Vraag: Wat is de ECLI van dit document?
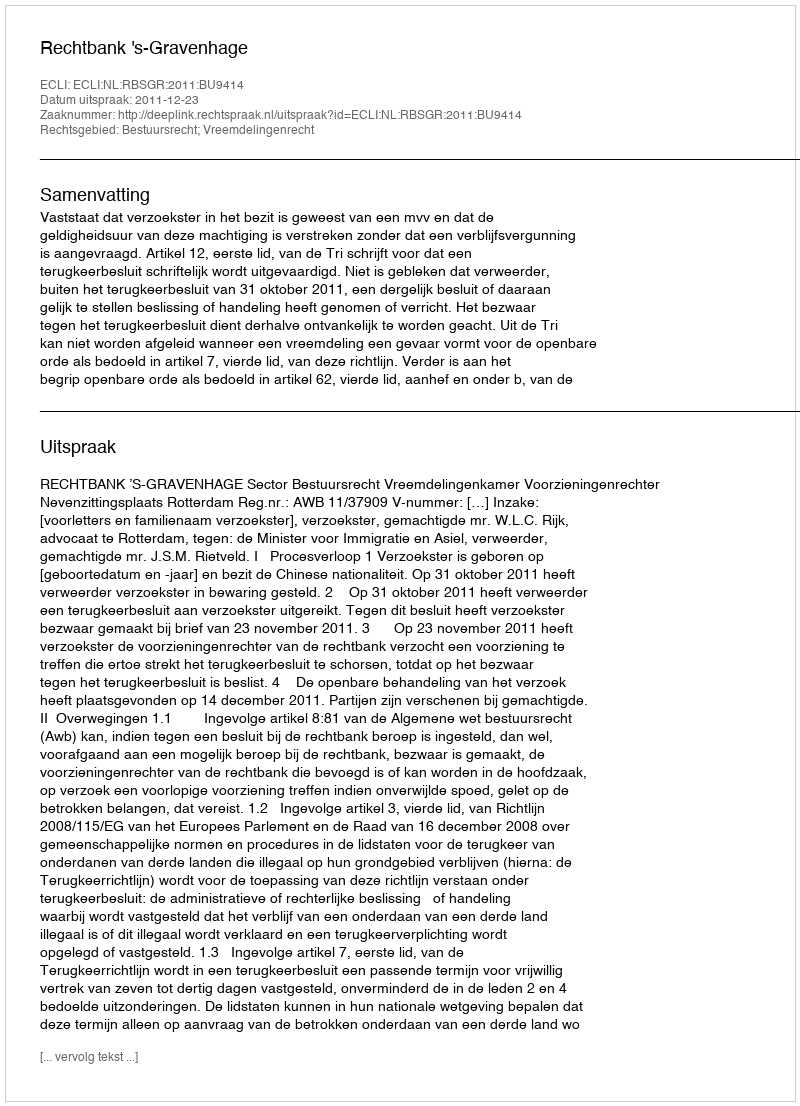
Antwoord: ECLI:NL:RBSGR:2011:BU9414